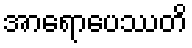
အာရောပေဿတိ